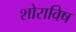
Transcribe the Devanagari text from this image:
शोराविष